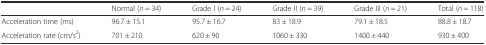
|  | Normal (n = 34) | Grade I (n = 24) | Grade II (n = 39) | Grade III (n = 21) | Total (n = 118) |
 | --- | --- | --- | --- | --- | --- |
 | Acceleration time (ms) | 96.7 ± 15.1 | 95.7 ± 16.7 | 83 ± 18.9 | 79.1 ± 18.5 | 88.8 ± 18.7 |
 | Acceleration rate (cm/s2) | 701 ± 210 | 620 ± 90 | 1060 ± 330 | 1400 ± 440 | 930 ± 400 |